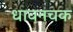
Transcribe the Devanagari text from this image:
धावनचक